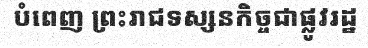
បំពេញ ព្រះរាជទស្សនកិច្ចជាផ្លូវរដ្ឋ